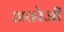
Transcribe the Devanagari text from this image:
अतरेजी